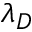
\lambda _ { D }